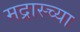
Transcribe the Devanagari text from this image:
मद्रास्च्या